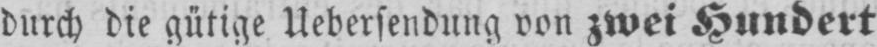
durch die gütige Uebersendung von zwei Hundert